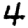
Digit: 4